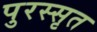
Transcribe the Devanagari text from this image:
पुरस्सृत